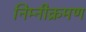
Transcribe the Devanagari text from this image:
निम्नीक्रमण